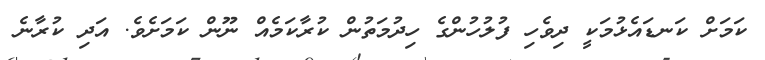
ކަމަށް ކަނޑައެޅުމަކީ ދިވެހި ފުލުހުންގެ ހިދުމަތުން ކުރާކަމެއް ނޫން ކަމަށެވެ. އަދި ކުރާނެ